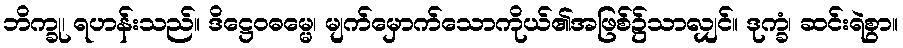
ဘိက္ခု၊ ရဟန်းသည်။ ဒိဋ္ဌေဝဓမ္မေ၊ မျက်မှောက်သောကိုယ်၏အဖြစ်၌သာလျှင်။ ဒုက္ခံ၊ ဆင်းရဲစွာ။